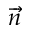
\overrightarrow { n }